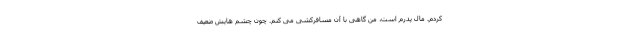
کردم. مال پدرم است، من گاهی با آن مسافرکشی می کنم. چون چشم هایش ضعیف